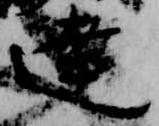
達